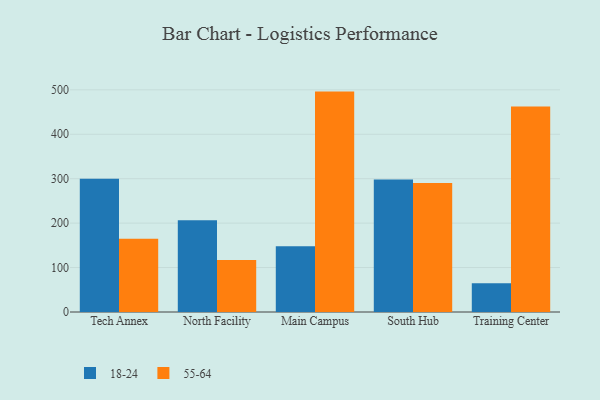
{"axis": {"x": "Campus", "y": "Market Share (%)"}, "legend": ["18-24", "55-64"], "data": [{"x": "Tech Annex", "y": 299.9, "type": "18-24"}, {"x": "Tech Annex", "y": 164.7, "type": "55-64"}, {"x": "North Facility", "y": 206.6, "type": "18-24"}, {"x": "North Facility", "y": 116.9, "type": "55-64"}, {"x": "Main Campus", "y": 148.1, "type": "18-24"}, {"x": "Main Campus", "y": 496.0, "type": "55-64"}, {"x": "South Hub", "y": 298.0, "type": "18-24"}, {"x": "South Hub", "y": 290.2, "type": "55-64"}, {"x": "Training Center", "y": 64.5, "type": "18-24"}, {"x": "Training Center", "y": 462.7, "type": "55-64"}]}